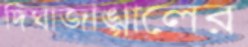
দিঘাজাঙ্গালের